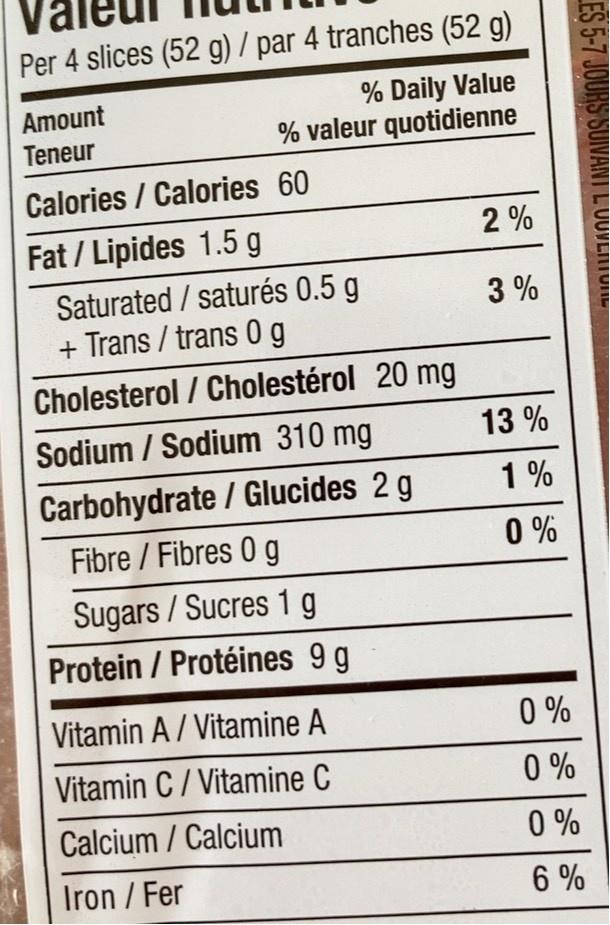
Per 4 slices (52 g) / par 4 tranches (52 g)
Amount Teneur
% Daily Value % valeur quotidienne
Calories / Calories 60
2 %
Fat / Lipides 1.5 g Saturated / saturés 0.5 g + Trans / trans 0 g
3 %
Cholesterol / Cholestérol 20 mg
Sodium / Sodium 310 mg
13 %
Carbohydrate / Glucides 2 g
1 %
Fibre / Fibres 0 g
0 %
Sugars / Sucres 1 g Protein / Protéines 9 g
Vitamin A/ Vitamine A
0 %
Vitamin C/ Vitamine C
0 %
Calcium / Calcium
0 %
Iron / Fer
6 %
LES 5-7 JOURS